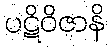
ပဋိဝိဇာနိ